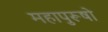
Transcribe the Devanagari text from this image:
महापुरूषो